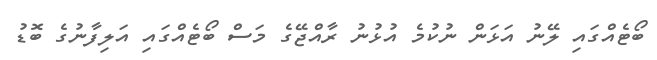
ބޯޓެއްގައި ލޭނު އަޅަން ނުކުމެ އުޅުނު ރާއްޖޭގެ މަސް ބޯޓެއްގައި އަލިފާނުގެ ބޮޑު